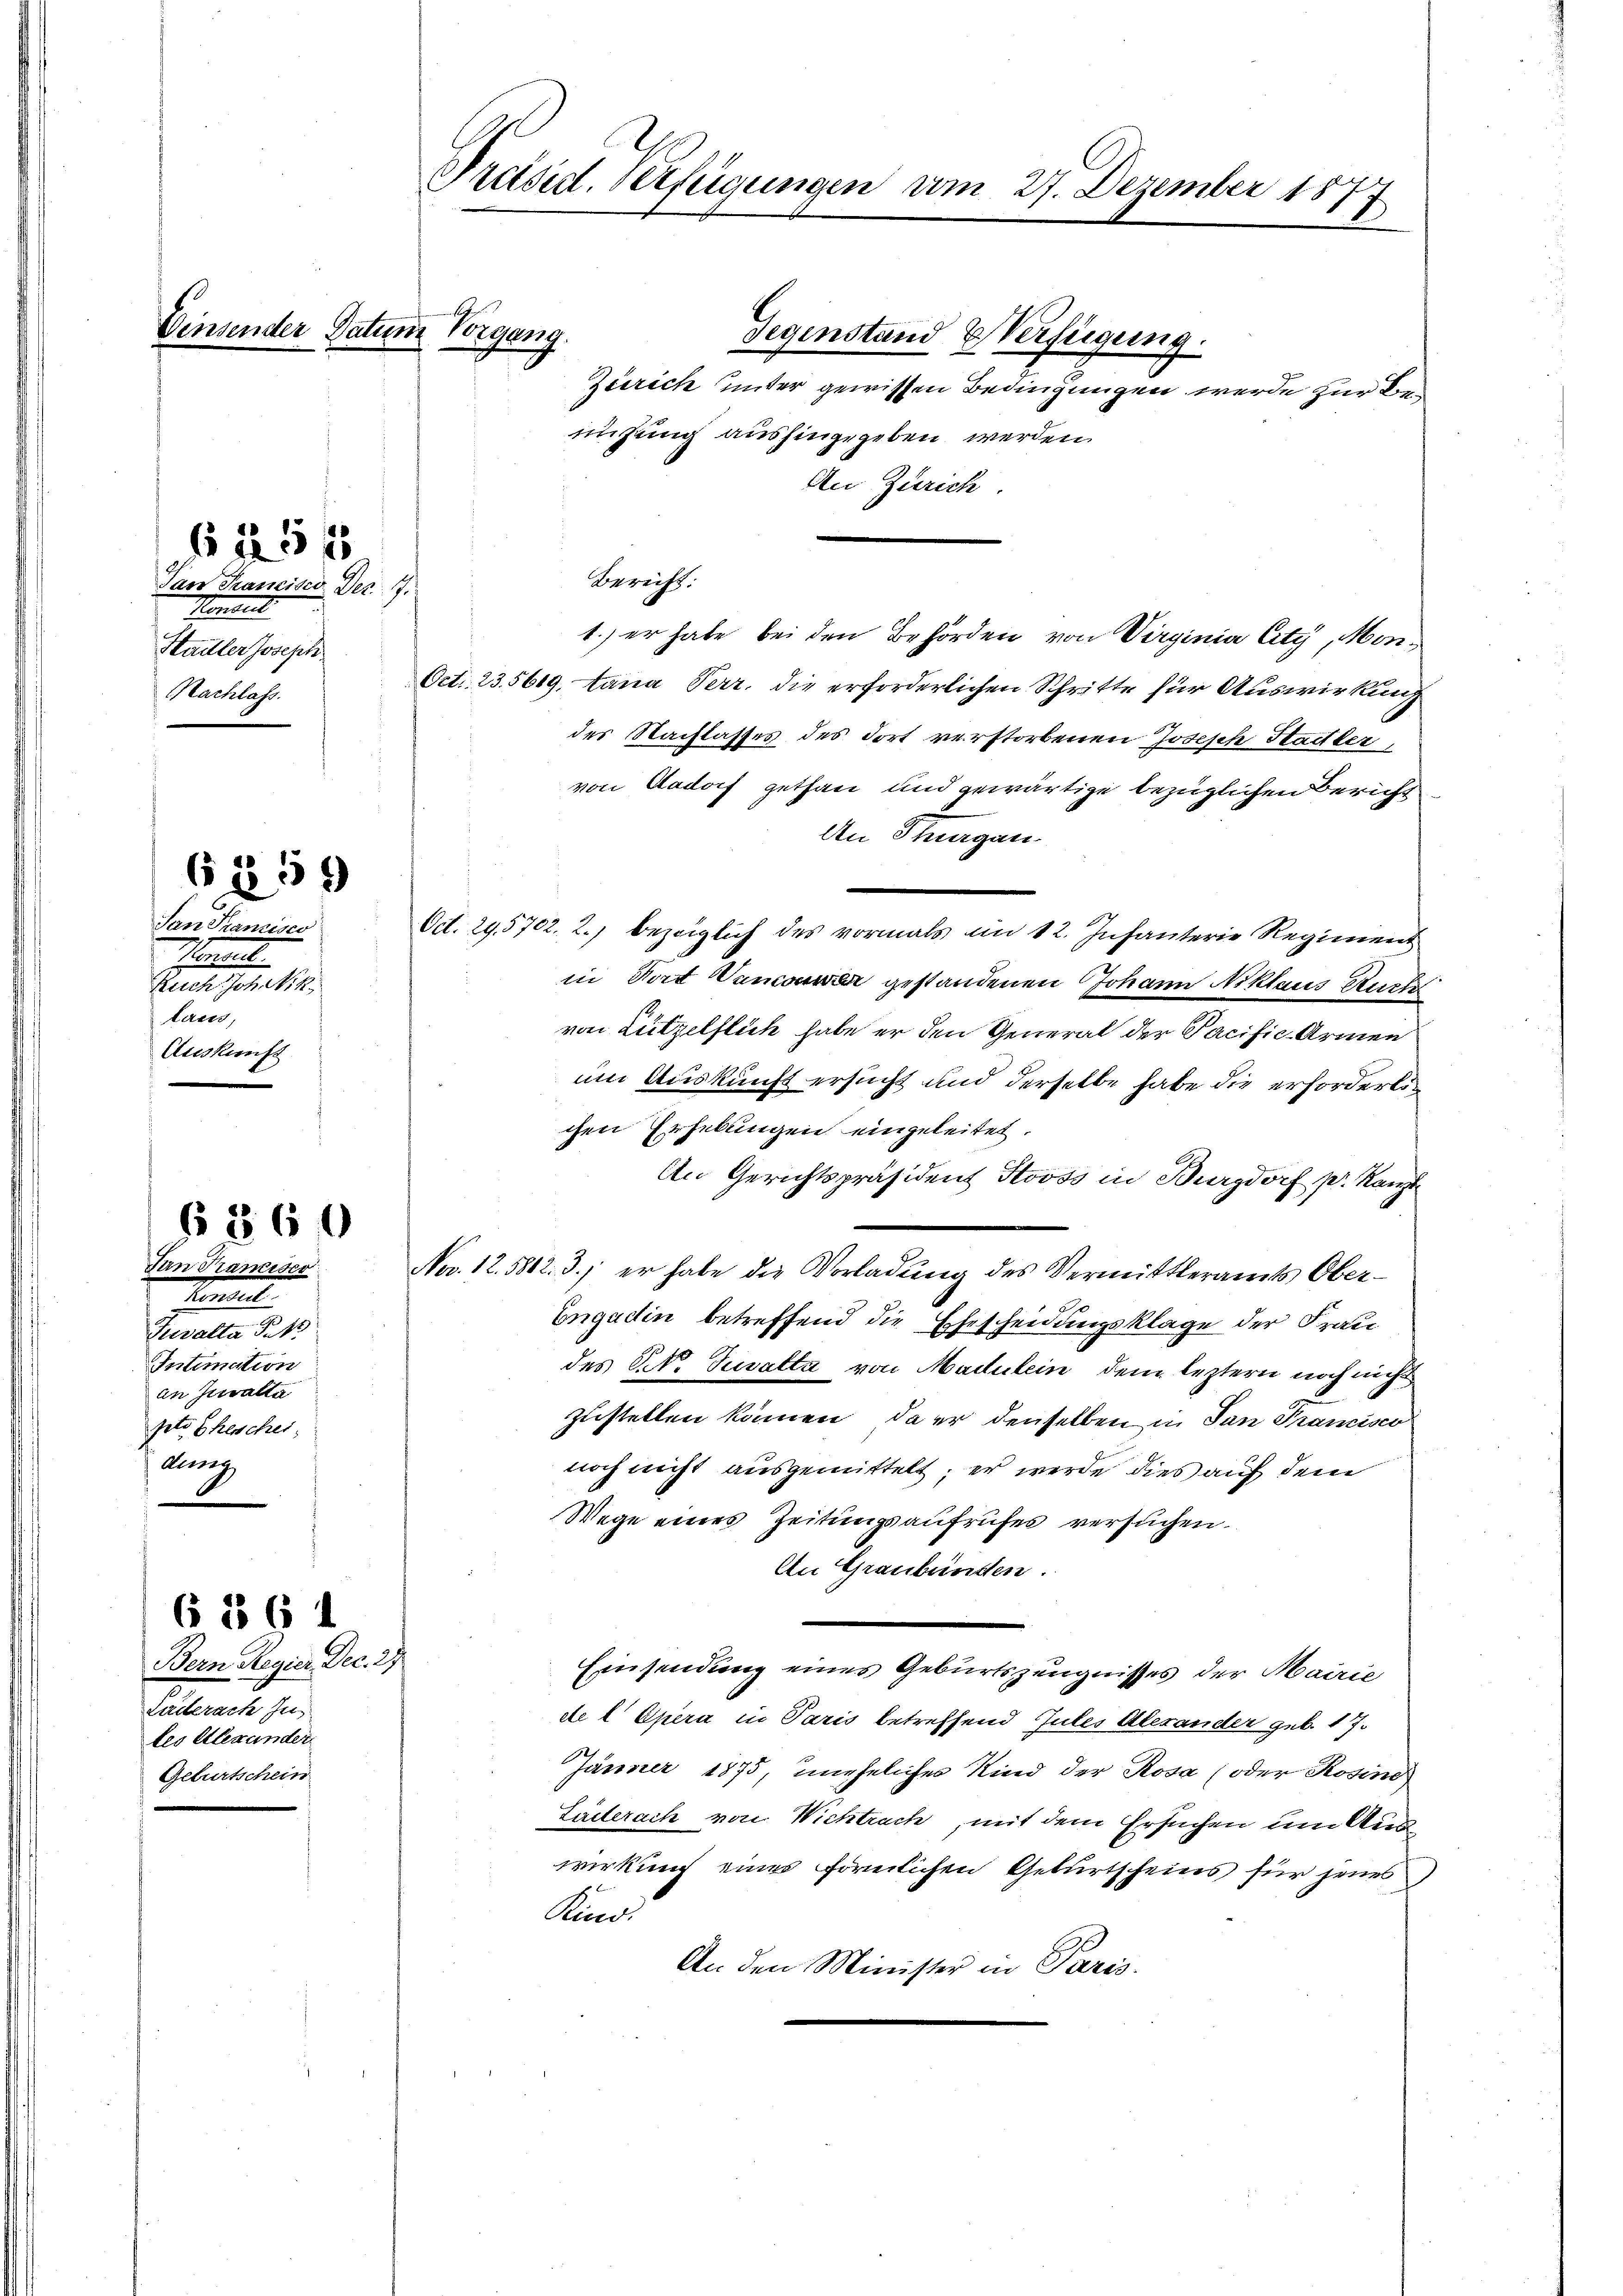
Monen
Stailler Joseph
Nachlass.
1859
San Franzisco
Snel
Auch Joh NNik.
taces,
Auskunft

Präsid. Verfügungen am 27. Dezember 1877

§ 360

Einsender Datum Vorgang.

625 f
Tan Krancisco Der.  7.

Jan Krancisco
Handel
Turalta Pitt
Intimation
an Jenalta
pto Eheschei
auung
6 1861
Bern Regien Dec. 27.
Petente sein
tes Alexander
Geburtschein

Gegenstand Verfügung.
Zürich unter gewissen Bedingungen werde zur Bemühung aushingegeben werden.
An Zürich
Berecht:
1.) er habe bei den Behörden von Virginia Cty, Mon¬
Oct. 23. 5619, Lana Perr. die erforderlichen Schritte für Auswirkung
des Nachlasses des dort verstorbenen Joseph Stadtber,
von Aadorf gethan und gewärtige bezüglichen Bericht
An Thurgau
Oct. 295702. 2.) bezeiglich des vormals im 12. Infanterie Regiment
in Dort Vanonen gestandenen Johann Niklaus Ruch
von Lützelflich habe er den General der Pacific-Armen
um Auskunft ersucht und derselbe habe die erforderlichen Erhebungen eingeleitet.
An Gerichtspräsident Stooss in Burgdorf pr. Kanzl
Nov. 12. 5802. 3., er habe die Vorladung des Vermittleramts Ober¬
Engadin betreffend die Ehescheidungsklage der Frau
des St. Susalta von Maulein, dem leztern noch nicht
zustellen können, da er denselben in San Francisco
noch nicht ausgemittelt; er werde dies auf dem
Wege eines Zeitungsaufrufes versuchen.
An Graubünden.
Einsendung eines Geburtszeugnisses der Mairie
del Epera in Paris betreffend Gutes Alexander geb. 17.
Jänner 1875, uneheliches Kind der Rosa (oder Rosine
Laiterach von Wichtrach, mit dem Ersuchen um Aus
wirkung eines förmlichen Geburtscheins für jenes
Kind.
An den Minister in Paris.